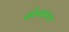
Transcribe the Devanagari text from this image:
सोपावला